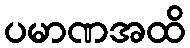
ပမာဏအထိ